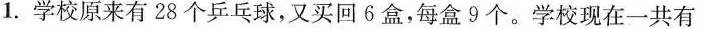
1.学校原来有28个乒乓球，又买回6盒，每盒9个。学校现在一共有